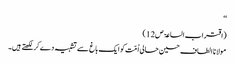
‘‘
(اقتراب الساعۃ ص12)
مولانا الطاف حسین حالی اُمّت کو ایک باغ سے تشبیہ دے کرلکھتے ہیں۔